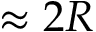
\approx 2 R